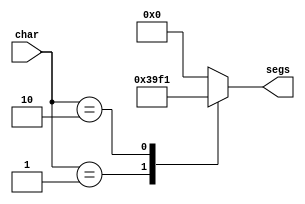
/*
   This file was generated automatically by the Mojo IDE version B1.3.6.
   Do not edit this file directly. Instead edit the original Lucid source.
   This is a temporary file and any changes made to it will be destroyed.
*/

module seven_seg_2 (
    input [3:0] char,
    output reg [6:0] segs
  );
  
  
  
  always @* begin
    
    case (char)
      1'h1: begin
        segs = 7'h73;
      end
      2'h2: begin
        segs = 7'h71;
      end
      default: begin
        segs = 7'h00;
      end
    endcase
  end
endmodule